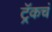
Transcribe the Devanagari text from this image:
ट्रॅकचं